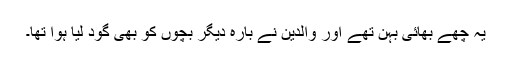
یہ چھے بھائی بہن تھے اور والدین نے بارہ دیگر بچوں کو بھی گود لیا ہوا تھا۔